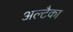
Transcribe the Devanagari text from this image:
अल्टैका